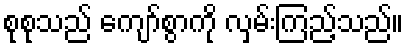
စုစုသည် ကျော်စွာကို လှမ်းကြည့်သည်။